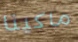
ماكينا